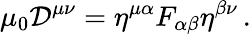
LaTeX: \mu_{0}{\mathcal{D}}^{\mu\nu}=\eta^{\mu\alpha}F_{\alpha\beta}\eta^{\beta\nu}\, .